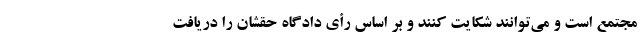
مجتمع است و می‌توانند شکایت کنند و بر اساس رأی دادگاه حقشان را دریافت